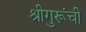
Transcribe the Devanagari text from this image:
श्रीगुरूंची